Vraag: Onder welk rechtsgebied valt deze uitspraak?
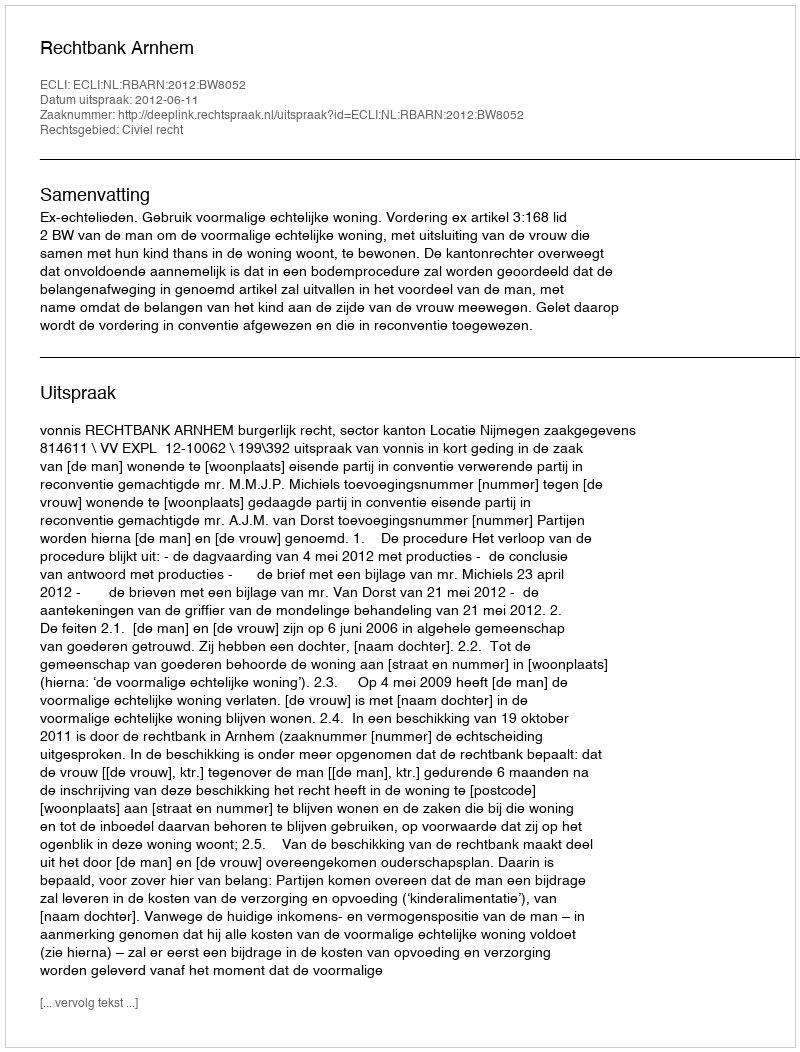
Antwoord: Civiel recht